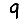
Digit: 9